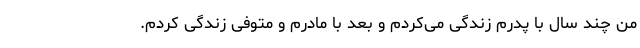
من چند سال با پدرم زندگی می‌کردم و بعد با مادرم و متوفی زندگی کردم.